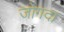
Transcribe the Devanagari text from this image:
जोगदा